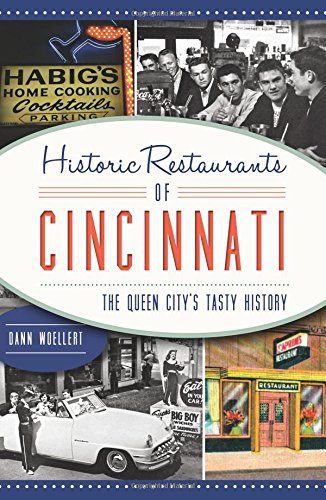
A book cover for Historic Restaurants of Cincinnati: (American Palate); Dann Woellert; Travel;